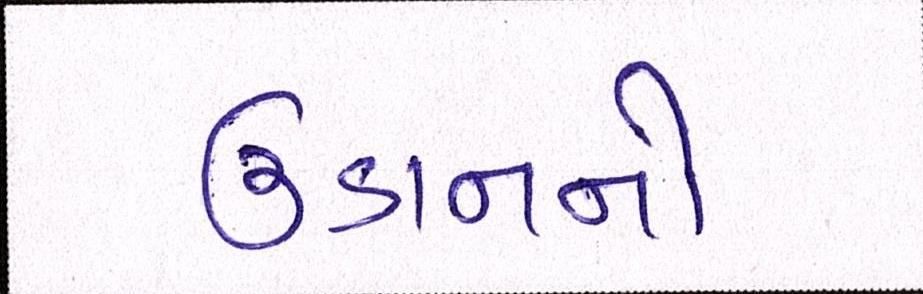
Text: ઉડાનનો